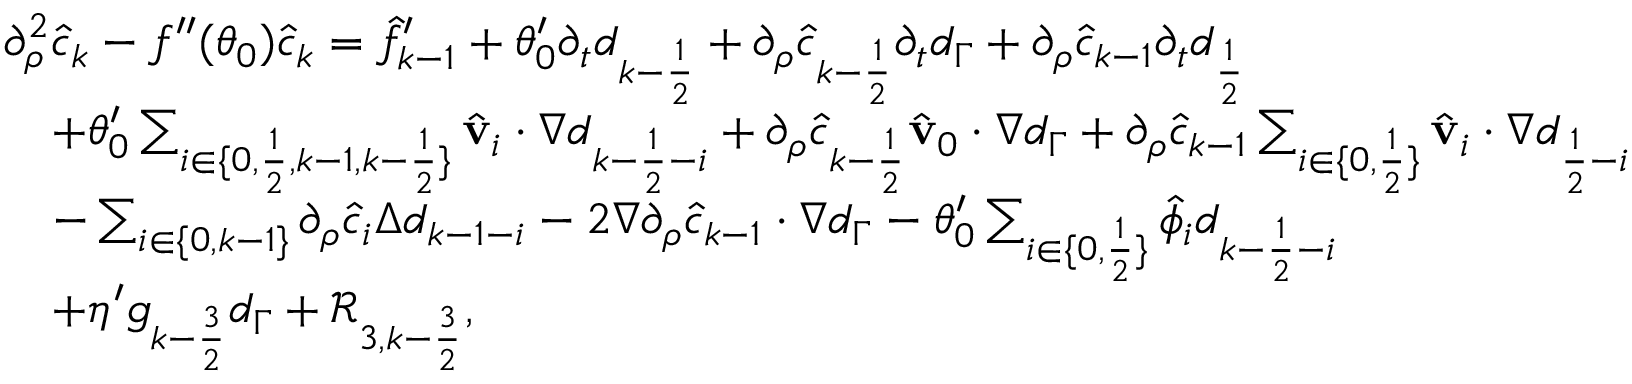
\begin{array} { r l } & { \partial _ { \rho } ^ { 2 } \hat { c } _ { k } - f ^ { \prime \prime } ( \theta _ { 0 } ) \hat { c } _ { k } = \hat { f } _ { k - 1 } ^ { \prime } + \theta _ { 0 } ^ { \prime } \partial _ { t } d _ { k - \frac { 1 } { 2 } } + \partial _ { \rho } \hat { c } _ { k - \frac { 1 } { 2 } } \partial _ { t } d _ { \Gamma } + \partial _ { \rho } \hat { c } _ { k - 1 } \partial _ { t } d _ { \frac { 1 } { 2 } } } \\ & { \quad + \theta _ { 0 } ^ { \prime } \sum _ { i \in \{ 0 , \frac { 1 } { 2 } , k - 1 , k - \frac { 1 } { 2 } \} } \hat { \mathbf { v } } _ { i } \cdot \nabla d _ { k - \frac { 1 } { 2 } - i } + \partial _ { \rho } \hat { c } _ { k - \frac { 1 } { 2 } } \hat { \mathbf { v } } _ { 0 } \cdot \nabla d _ { \Gamma } + \partial _ { \rho } \hat { c } _ { k - 1 } \sum _ { i \in \{ 0 , \frac 1 2 \} } \hat { \mathbf { v } } _ { i } \cdot \nabla d _ { \frac { 1 } { 2 } - i } } \\ & { \quad - \sum _ { i \in \{ 0 , k - 1 \} } \partial _ { \rho } \hat { c } _ { i } \Delta d _ { k - 1 - i } - 2 \nabla \partial _ { \rho } \hat { c } _ { k - 1 } \cdot \nabla d _ { \Gamma } - \theta _ { 0 } ^ { \prime } \sum _ { i \in \{ 0 , \frac 1 2 \} } \hat { \phi } _ { i } d _ { k - \frac { 1 } { 2 } - i } } \\ & { \quad + \eta ^ { \prime } g _ { k - \frac { 3 } { 2 } } d _ { \Gamma } + \mathcal { R } _ { 3 , k - \frac { 3 } { 2 } } , } \end{array}